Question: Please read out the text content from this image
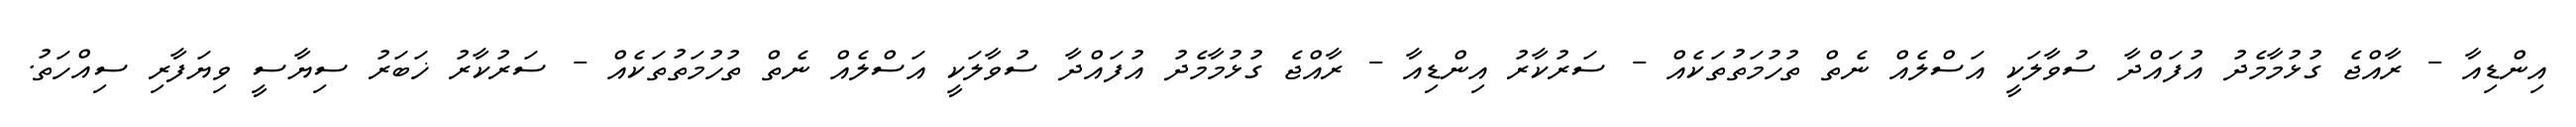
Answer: އިންޑިއާ - ރާއްޖެ ގުޅުމާމެދު އުފައްދާ ސުވާލަކީ އަސްލެއް ނެތް ތުހުމަތުތަކެއް - ސަރުކާރު އިންޑިއާ - ރާއްޖެ ގުޅުމާމެދު އުފައްދާ ސުވާލަކީ އަސްލެއް ނެތް ތުހުމަތުތަކެއް - ސަރުކާރު ޚަބަރު ސިޔާސީ ވިޔަފާރި ސިއްހަތު.